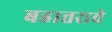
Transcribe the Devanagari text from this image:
बहात्तरावे